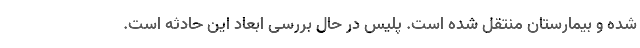
شده و بیمارستان منتقل شده است. پلیس در حال بررسی ابعاد این حادثه است.